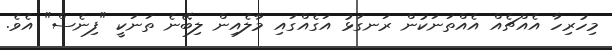
މިހުރިހާ އެއްޗެއް އެއްތަނަކުން ރަނގަޅު އަގެއްގައި މާލެއިން ލިބޭނެ ތަނަކީ "ފިނެސް" އެވެ.